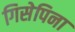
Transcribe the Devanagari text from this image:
गिसेपिना